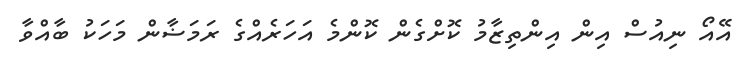
އޭއޯ ނިއުސް އިން އިންތިޒާމު ކޮށްގެން ކޮންމެ އަހަރެއްގެ ރަމަޟާން މަހަކު ބާއްވާ